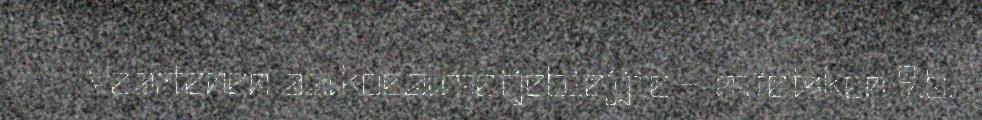
Veartenen aalkoealmetjebiejjie – mïetsken 9.b.